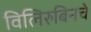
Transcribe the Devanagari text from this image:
विलिरुबिनचे